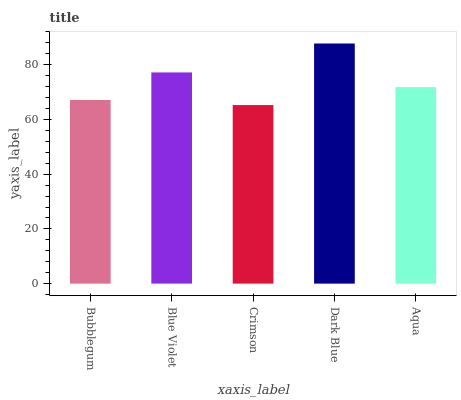
| xaxis_label | bars |
 | --- | --- |
 | Bubblegum | 67.1 |
 | Blue Violet | 77.2 |
 | Crimson | 65.3 |
 | Dark Blue | 87.8 |
 | Aqua | 71.8 |